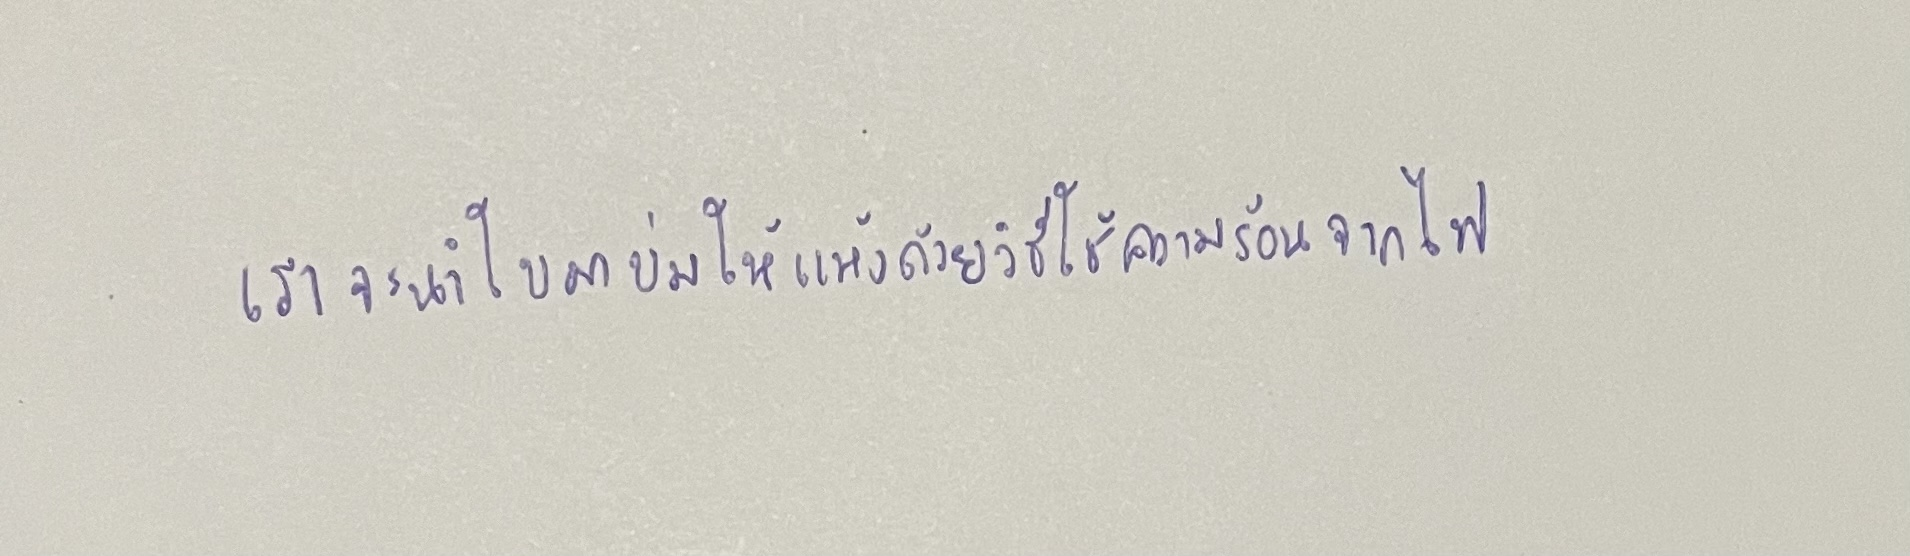
เราจะนำใบมาบ่มให้แห้งด้วยวิธีใช้ความร้อนจากไฟ